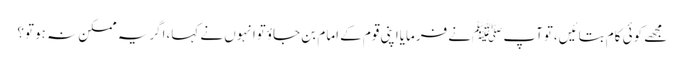
مجھے کوئی کام بتائیں،توآپ ﷺنے فرمایااپنی قوم کے امام بن جاؤتوانہوں نے کہا،اگریہ ممکن نہ ہوتو؟